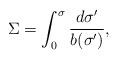
LaTeX: \begin{align*}\Sigma=\int_{0}^{\sigma}\frac{d\sigma '}{b(\sigma ')},\end{align*}